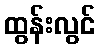
ထွန်းလွင်